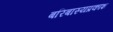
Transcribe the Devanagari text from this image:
बरिबास्यप्रकाश